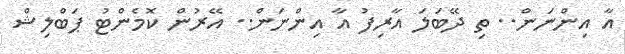
އާ އިންނަން.. ތި ދޭބަލަ އާރިފު އާ އިންނަން.. އޭރުން ކޮމެންޓު ޕަބްލިޝް